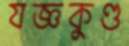
যজ্ঞকুণ্ড